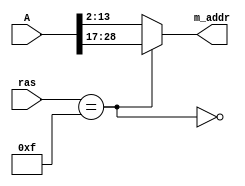
module mux (
	input	[31:0]	A,
	input	[3:0]	ras,
	output	[11:0]	m_addr
);

(* keep *)
wire ras_asserted;

(* keep *)
wire delayed_ras_asserted;

assign ras_asserted = ~(ras == 4'b1111);
assign delayed_ras_asserted = ras_asserted;

assign m_addr = (delayed_ras_asserted == 1'b1) ? A[13:2] : A[28:17];

endmodule